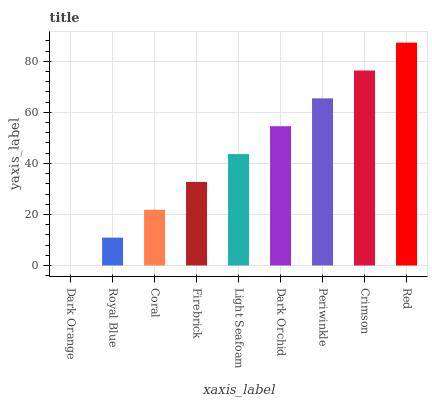
| xaxis_label | bars |
 | --- | --- |
 | Dark Orange | 0 |
 | Royal Blue | 10.9 |
 | Coral | 21.8 |
 | Firebrick | 32.7 |
 | Light Seafoam | 43.6 |
 | Dark Orchid | 54.6 |
 | Periwinkle | 65.5 |
 | Crimson | 76.4 |
 | Red | 87.3 |